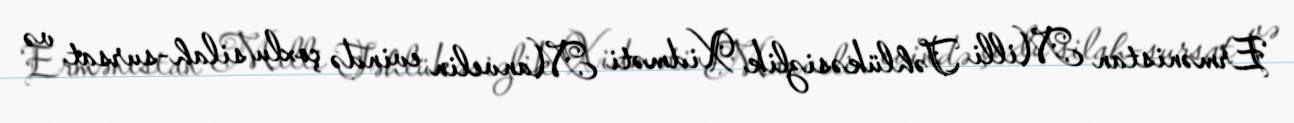
Ermənistan Milli Təhlükəsizlik Xidməti Manvelin evində çoxlu silah-sursat və